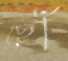
ছোঁ